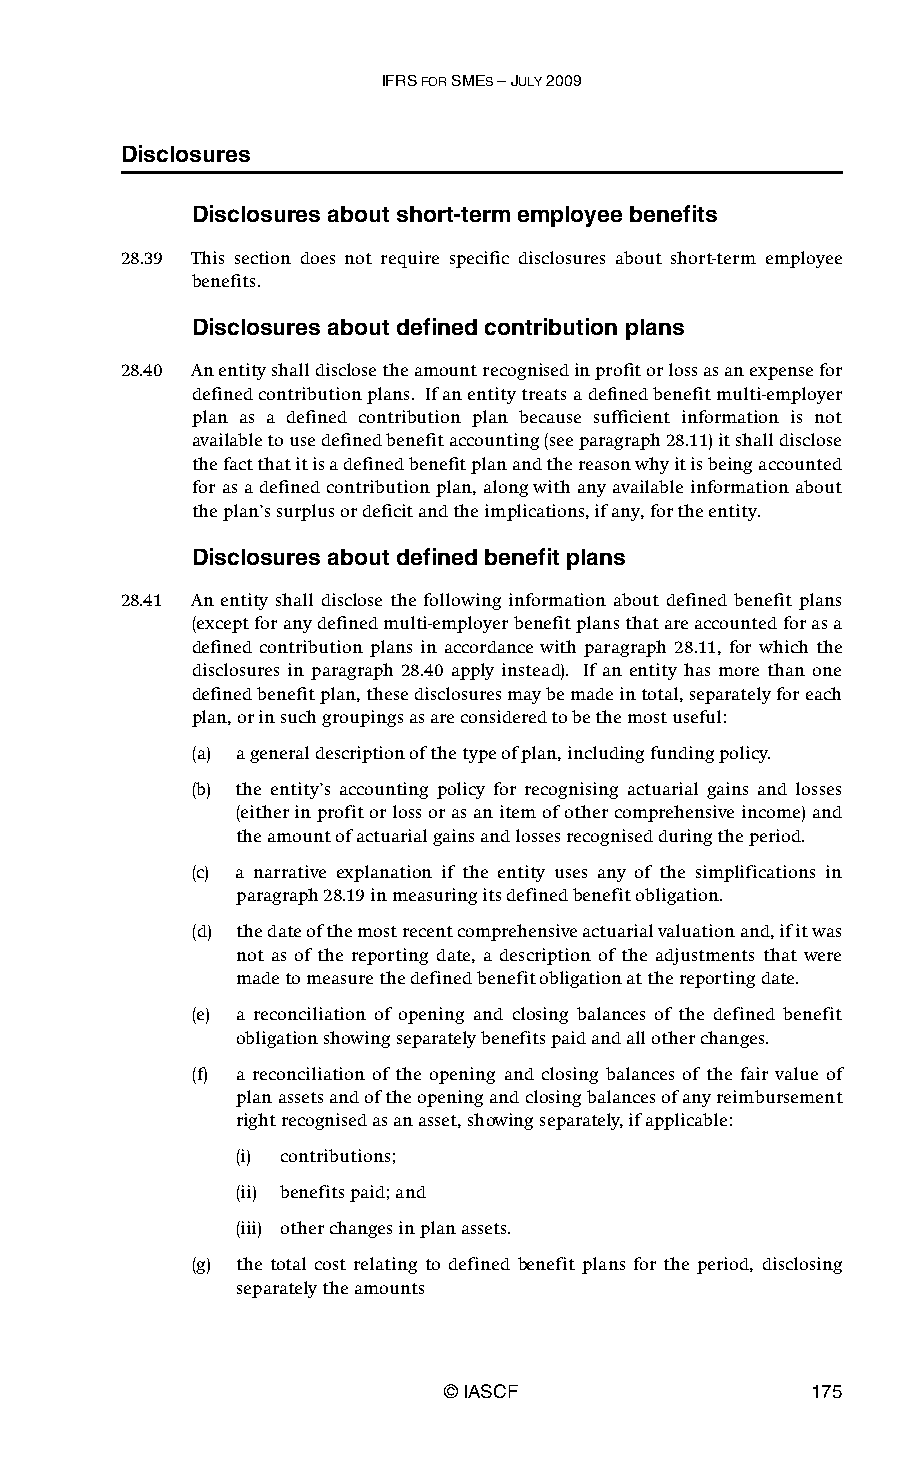
IFRS FOR SMES – JULY 2009
 Disclosures
 Disclosures about short-term employee benefits
 28.39 This section does not require specific disclosures about short-term employee
 benefits.
 Disclosures about defined contribution plans
 28.40 An entity shall disclose the amount recognised in profit or loss as an expense for
 defined contribution plans. If an entity treats a defined benefit multi-employer
 plan as a defined contribution plan because sufficient information is not
 available to use defined benefit accounting (see paragraph 28.11) it shall disclose
 the fact that it is a defined benefit plan and the reason why it is being accounted
 for as a defined contribution plan, along with any available information about
 the plan’s surplus or deficit and the implications, if any, for the entity.
 Disclosures about defined benefit plans
 28.41 An entity shall disclose the following information about defined benefit plans
 (except for any defined multi-employer benefit plans that are accounted for as a
 defined contribution plans in accordance with paragraph 28.11, for which the
 disclosures in paragraph 28.40 apply instead). If an entity has more than one
 defined benefit plan, these disclosures may be made in total, separately for each
 plan, or in such groupings as are considered to be the most useful:
 (a) a general description of the type of plan, including funding policy.
 (b) the entity’s accounting policy for recognising actuarial gains and losses
 (either in profit or loss or as an item of other comprehensive income) and
 the amount of actuarial gains and losses recognised during the period.
 (c) a narrative explanation if the entity uses any of the simplifications in
 paragraph 28.19 in measuring its defined benefit obligation.
 (d) the date of the most recent comprehensive actuarial valuation and, if it was
 not as of the reporting date, a description of the adjustments that were
 made to measure the defined benefit obligation at the reporting date.
 (e) a reconciliation of opening and closing balances of the defined benefit
 obligation showing separately benefits paid and all other changes.
 (f) a reconciliation of the opening and closing balances of the fair value of
 plan assets and of the opening and closing balances of any reimbursement
 right recognised as an asset, showing separately, if applicable:
 (i) contributions;
 (ii) benefits paid; and
 (iii) other changes in plan assets.
 (g) the total cost relating to defined benefit plans for the period, disclosing
 separately the amounts
 © IASCF                 175